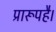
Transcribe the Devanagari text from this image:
प्रारूपहै।